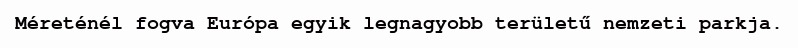
Méreténél fogva Európa egyik legnagyobb területű nemzeti parkja.